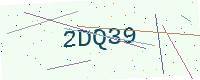
Text: 2DQ39